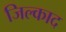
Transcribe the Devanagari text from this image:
जिल्काद